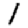
Digit: 1